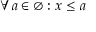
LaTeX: \forall a \in \varnothing : x \leq a